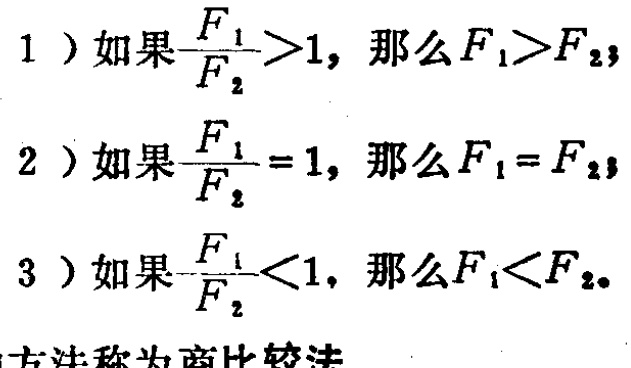
1 ) 如果$\frac{F_{1}}{F_{2}}>1$，那么$F_{1}>F_{2}$；
2 ) 如果$\frac{F_{1}}{F_{2}} = 1$，那么$F_{1}=F_{2}$；
3 ) 如果$\frac{F_{1}}{F_{2}}<1$，那么$F_{1}<F_{2}$。
 方法称为商比较法